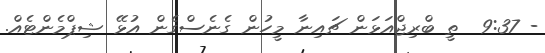
- 9:37  ތީ ބްރިޖްއަޅަން ޗައިނާ މީހުން ގެނެސްގެން އުޅޭ ޝިޕްމެންޓެއް.